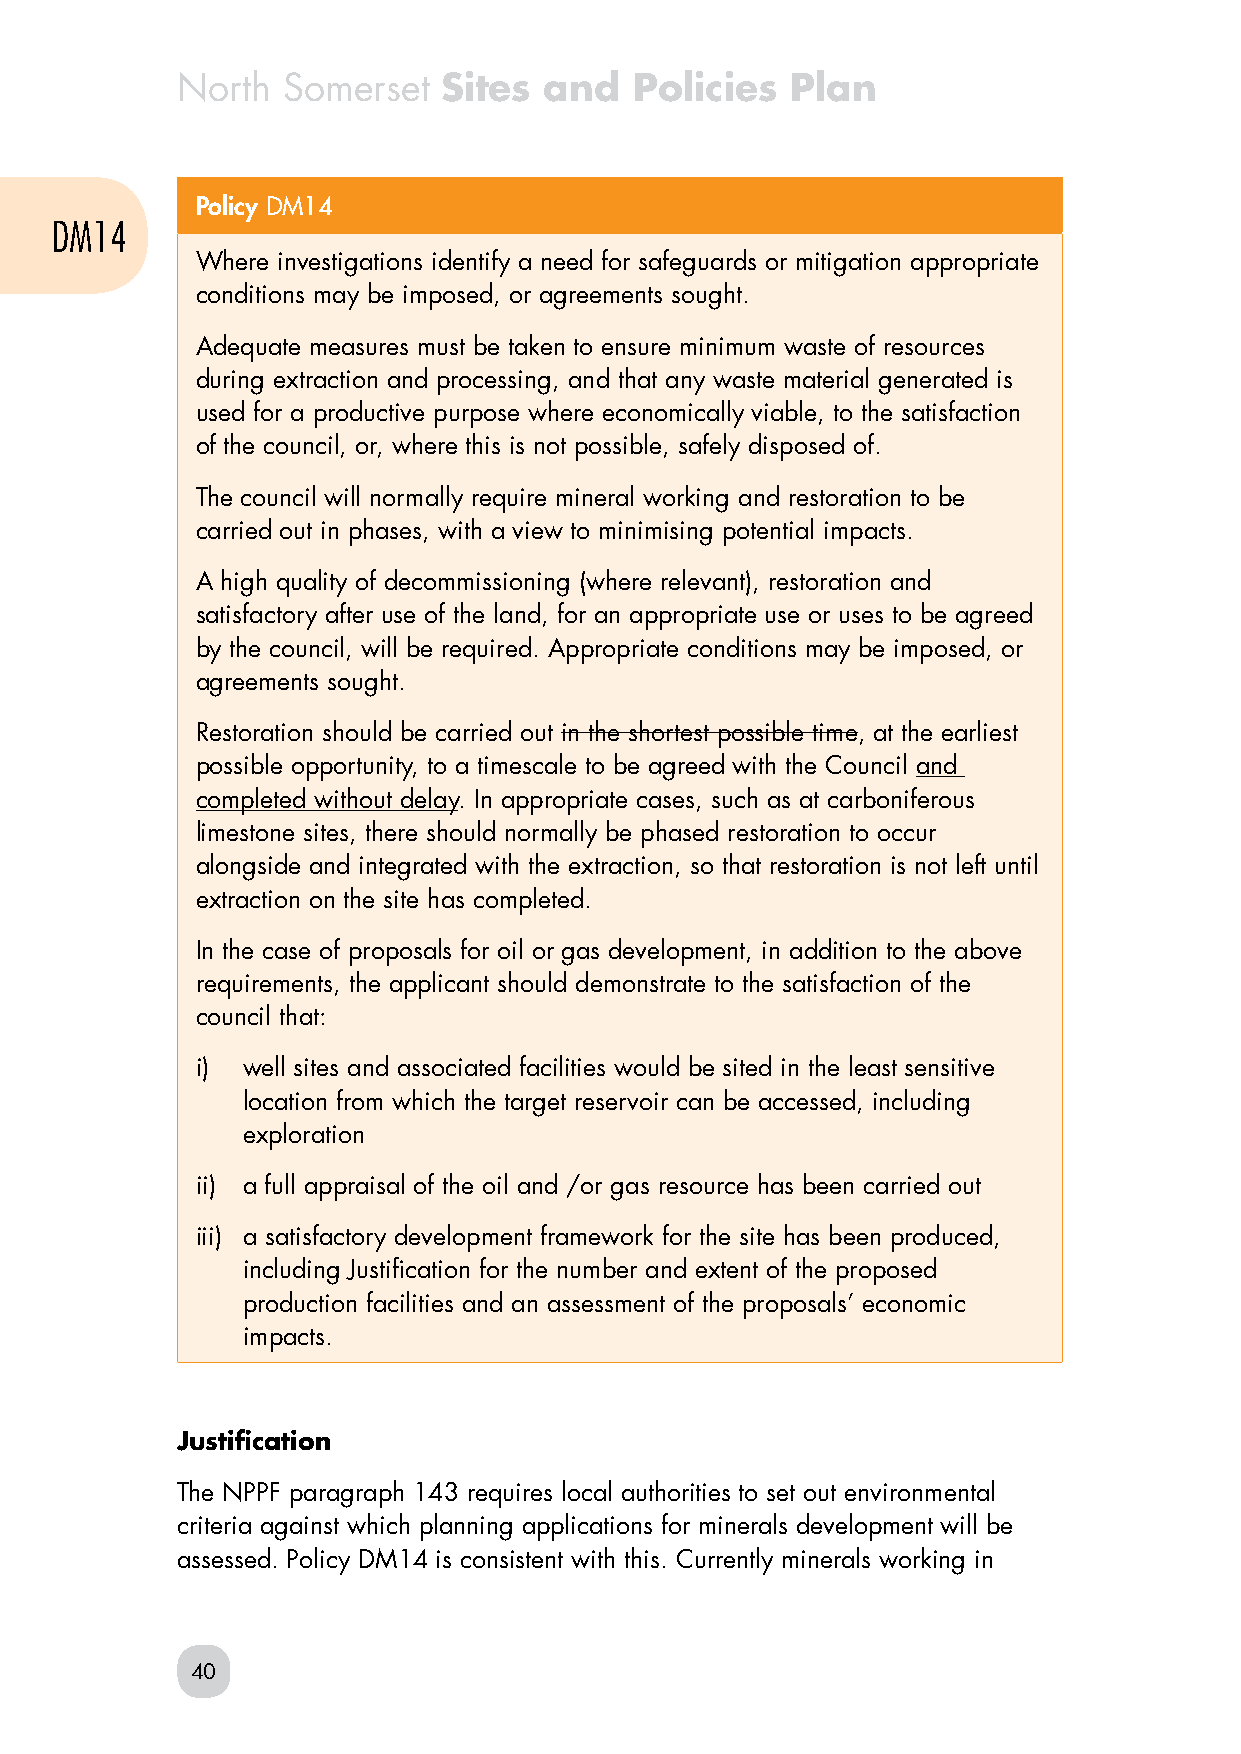
North  Somerset  Sites  and   Policies  Plan
 Policy DM14
 DM14
 Where investigations identify a need for safeguards or mitigation appropriate
 conditions may be imposed, or agreements sought.
 Adequate measures must be taken to ensure minimum waste of resources
 during extraction and processing, and that any waste material generated is
 used for a productive purpose where economically viable, to the satisfaction
 of the council, or, where this is not possible, safely disposed of.
 The council will normally require mineral working and restoration to be
 carried out in phases, with a view to minimising potential impacts.
 A high quality of decommissioning (where relevant), restoration and
 satisfactory after use of the land, for an appropriate use or uses to be agreed
 by the council, will be required. Appropriate conditions may be imposed, or
 agreements sought.
 Restoration should be carried out in the shortest possible time, at the earliest
 possible opportunity, to a timescale to be agreed with the Council and
 completed without delay. In appropriate cases, such as at carboniferous
 limestone sites, there should normally be phased restoration to occur
 alongside and integrated with the extraction, so that restoration is not left until
 extraction on the site has completed.
 In the case of proposals for oil or gas development, in addition to the above
 requirements, the applicant should demonstrate to the satisfaction of the
 council that:
 i) well sites and associated facilities would be sited in the least sensitive
 location from which the target reservoir can be accessed, including
 exploration
 ii) a full appraisal of the oil and /or gas resource has been carried out
 iii) a satisfactory development framework for the site has been produced,
 including Justification for the number and extent of the proposed
 production facilities and an assessment of the proposals’ economic
 impacts.
 Justification
 The NPPF paragraph 143 requires local authorities to set out environmental
 criteria against which planning applications for minerals development will be
 assessed. Policy DM14 is consistent with this. Currently minerals working in
 40